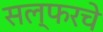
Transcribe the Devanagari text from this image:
सल्फरचे